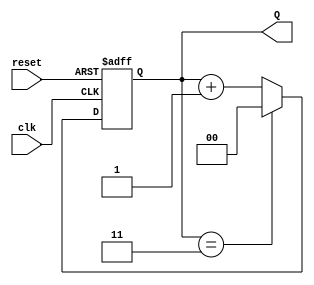
module binary_counter (
    input wire clk,       // Clock input
    input wire reset,     // Asynchronous reset input
    output reg [1:0] Q    // 2-bit output representing the counter value
);

    // State encoding: No explicit states defined in a Moore machine since we use the output directly
    // Counter maximum value (for 2-bits, this is 3)
    localparam MAX_COUNT = 2'b11; // 3 in binary

    // Synchronous logic for the counter
    always @(posedge clk or posedge reset) begin
        if (reset) begin
            Q <= 2'b00; // Asynchronous reset to 0
        end else begin
            if (Q == MAX_COUNT) begin
                Q <= 2'b00; // Wrap around when reaching maximum count
            end else begin
                Q <= Q + 1; // Increment counter
            end
        end
    end

endmodule